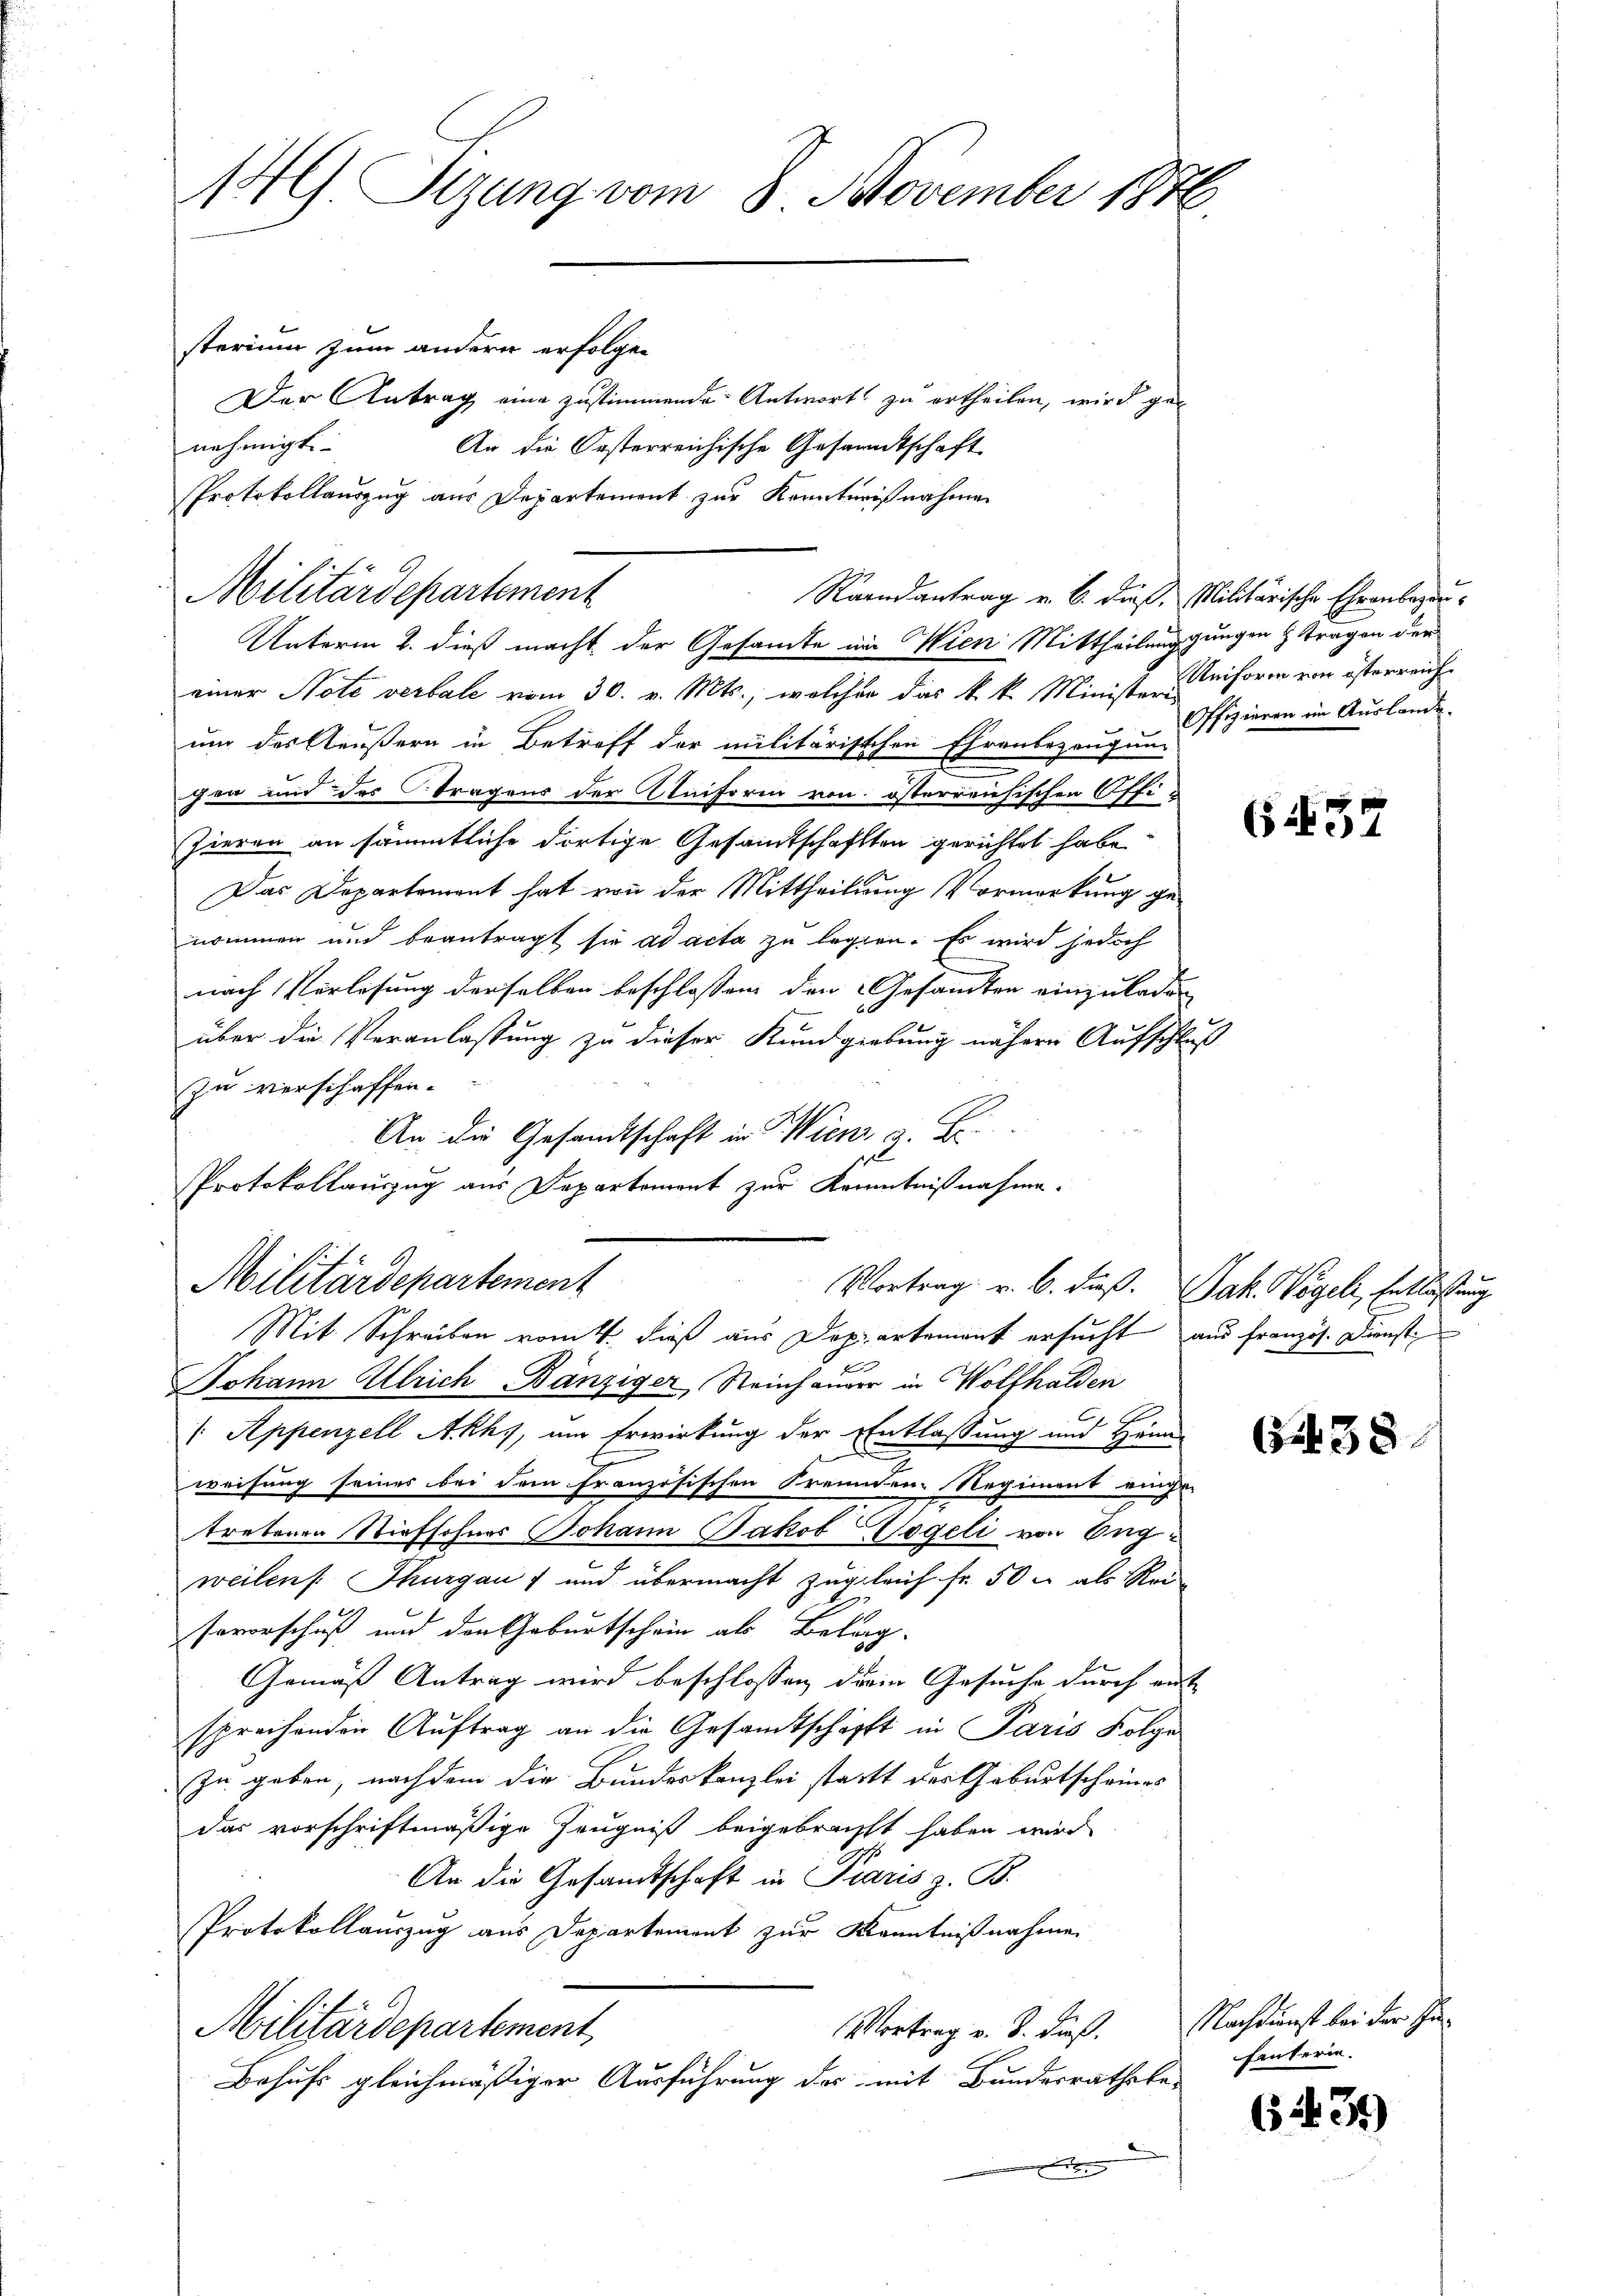
146) Sizung vom 8. November 1874.

sterium zum andern erfolgen
Der Antrag eine zustimmende Antwort zu ertheilen, wird genehmigt.
An die Oesterreichische Gesammtschaft
Protokollauszug aus Departement zur Kenntnißnahmen
Raandantrag v. 6. dieß, Militärische Ehrenbezeu¬
Unterm 2. dieß macht der Gesamte im Wien Mittheilung gungen tragen der
einer Note verbale vom 30. v. Mts., welcher das k. k. Ministe uniforen von österreich
um des Aeußern in Betreff der militärischen Ehrenbezeugung
gen und das Tragens der Uniform von österreichischen Offi-
Zieren an sämmtliche dortige Gesamtschaften gerichtet habe
Das Departement hat von der Mittheilung Vormerkung genommen und beantragt sie ad acta zu legen. Es wird jedoch
nach Verlesung derselben beschlossen den Gesandten einzuladen
über die Veranlassung zu dieser Kundgiebung nähere Aufschluß
zu verschaffen.
An die Gesandtschaft in Wien a. E.
Protokollauszug aus Departement zur Kenntnißnahme.

Militärdepartement

Militärdepartement
Vortrag v. 6. dieß. Jak. Wegel, Entlaßung

Offiziren im Auslande.

Mit Schreiben vom 4. dieß aus Departement ersucht aus französ. Dienste
Johann Ulrich Bänziger Steinhauer in Wolfhalden
/: Appenzell Akhs, um Erwirkung der Entlassung und Heim
weisung seines bei dem französischen Freunden-Regiment einge-
tretenen Stiefsohnes Johann Jakob Vogeli von Eng¬
2
weilen Thurgau und übermacht zugleich fr. 50. als Rei
sevorschuß und den Geburtschein als Belag-
Gemäß Antrag wird beschlossen drein Gesuche durch mit
sprechenden Auftrag an die Gesamtschafft in Paris Folge
zu geben, nachdem die Bundeskanzlei statt des Geburtscheines
das vorschriftmäßige Zeugniß beigebracht haben wird
An die Gesandtschaft in Paris z. B.
Protokollauszug aus Departement zur Kenntnißnahme
Vortrag v. J. dieß. Nachdienst bei der In¬
Militärdepartement
Behufs gleichmäßiger Ausführung des mit Bundesrathsbex

6437

638

fanterin.

6431)